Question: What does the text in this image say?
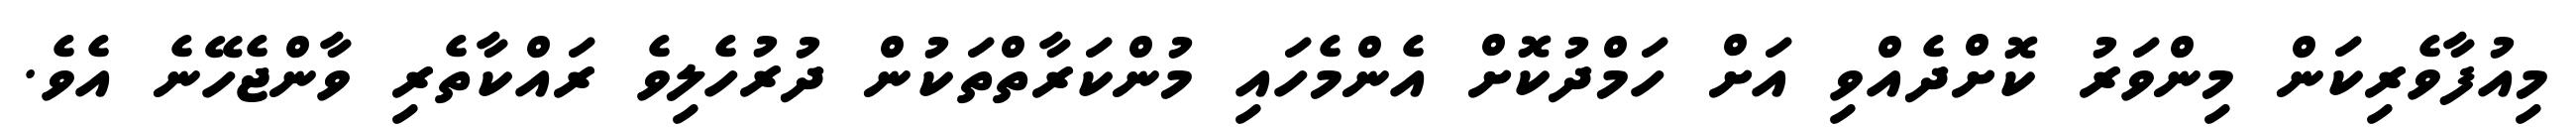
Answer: މިއުފާވެރިކަން މިންވަރު ކޮށްދެއްވި އަށް ހަމްދުކޮށް އެންމެހައި މުންކަރާތްތަކުން ދުރުހެލިވެ ރައްކާތެރި ވާންޖެހޭނެ އެވެ.